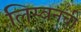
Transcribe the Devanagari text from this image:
लिस्बनची